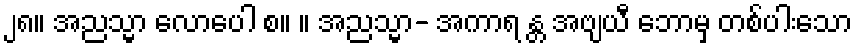
၂၈။ အညသ္မာ လောပေါ စ။ ။ အညသ္မာ- အကာရ န္တ အဗျယီ ဘောမှ တစ်ပါးသော